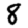
Digit: 8